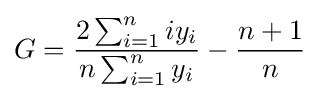
G={\frac {2\sum _{i=1}^{n}iy_{i}}{n\sum _{i=1}^{n}y_{i}}}-{\frac {n+1}{n}}